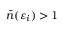
{ \bar { n } } ( \varepsilon _ { i } ) > 1